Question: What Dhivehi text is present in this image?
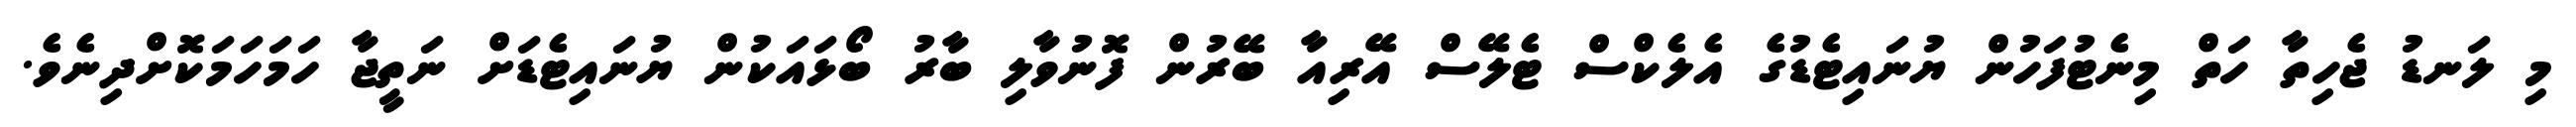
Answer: މި ލަނޑު ޖެހިތާ ހަތް މިނެޓުފަހުން ޔުނައިޓެޑުގެ އެލެކްސް ޓެލޭސް އޭރިއާ ބޭރުން ފޮނުވާލި ބާރު ބޯޅައަކުން ޔުނައިޓެޑަށް ނަތީޖާ ހަމަހަމަކޮށްދިނެވެ.